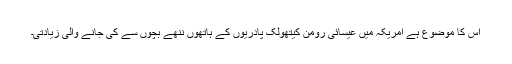
اس کا موضوع ہے امریکہ میں عیسائی رومن کیتھولک پادریوں کے ہاتھوں ننھے بچوں سے کی جانے والی زیادتی۔